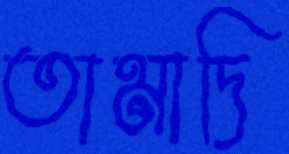
তামাদি